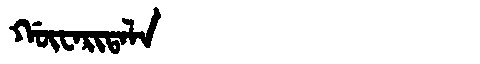
Manchu: ᡤᡡᠸᠠᡵᡳᡨᠠᠯᠠ
Romanization: GŪWARITALA